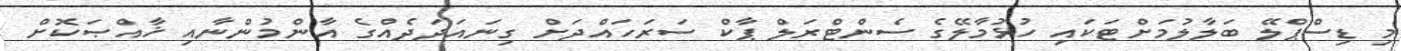
މި ޑިސްޕްލޭ ބަލާލުމަށްޓަކައި ހުޅުމާލޭގެ ސެންޓްރަލް ޕާކް ސަރަހައްދަށް ގިނައަދަދެއްގެ އާންމުންނާއި ޚާއްޞަކޮށް